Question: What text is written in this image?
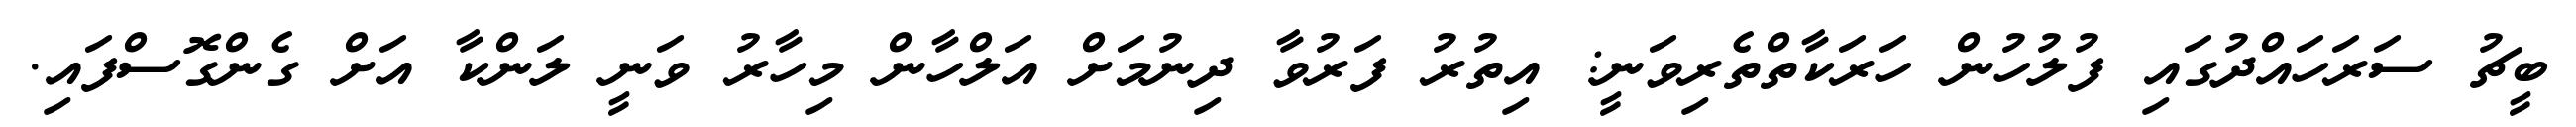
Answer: ބީޗު ސަރަހައްދުގައި ފުލުހުން ހަރަކާތްތެރިވަނީ: އިތުރު ފަރުވާ ދިނުމަށް އަލްހާން މިހާރު ވަނީ ލަންކާ އަށް ގެންގޮސްފައި.